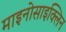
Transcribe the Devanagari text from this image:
माइनोसाइक्लिन